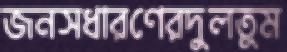
জনসধারণেরদুলতুম